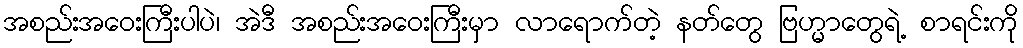
အစည်းအဝေးကြီးပါပဲ၊ အဲဒီ အစည်းအဝေးကြီးမှာ လာရောက်တဲ့ နတ်တွေ ဗြဟ္မာတွေရဲ့ စာရင်းကို